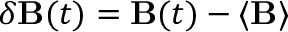
\delta \mathbf { B } ( t ) = \mathbf { B } ( t ) - \langle \mathbf { B } \rangle